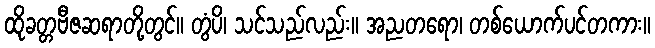
ထိုခတ္တဗီဇဆရာတို့တွင်။ တွံပိ၊ သင်သည်လည်း။ အညတရော၊ တစ်ယောက်ပင်တကား။